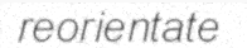
reorientate